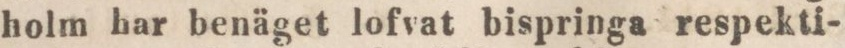
holm har benäget lofvat bispringa respekti-